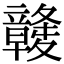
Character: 竷